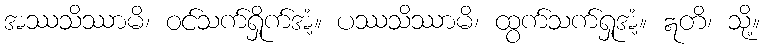
အဿသိဿာမိ၊ ဝင်သက်ရှိုက်အံ့။ ပဿသိဿာမိ၊ ထွက်သက်ရှုအံ့။ ဣတိ၊ သို့။